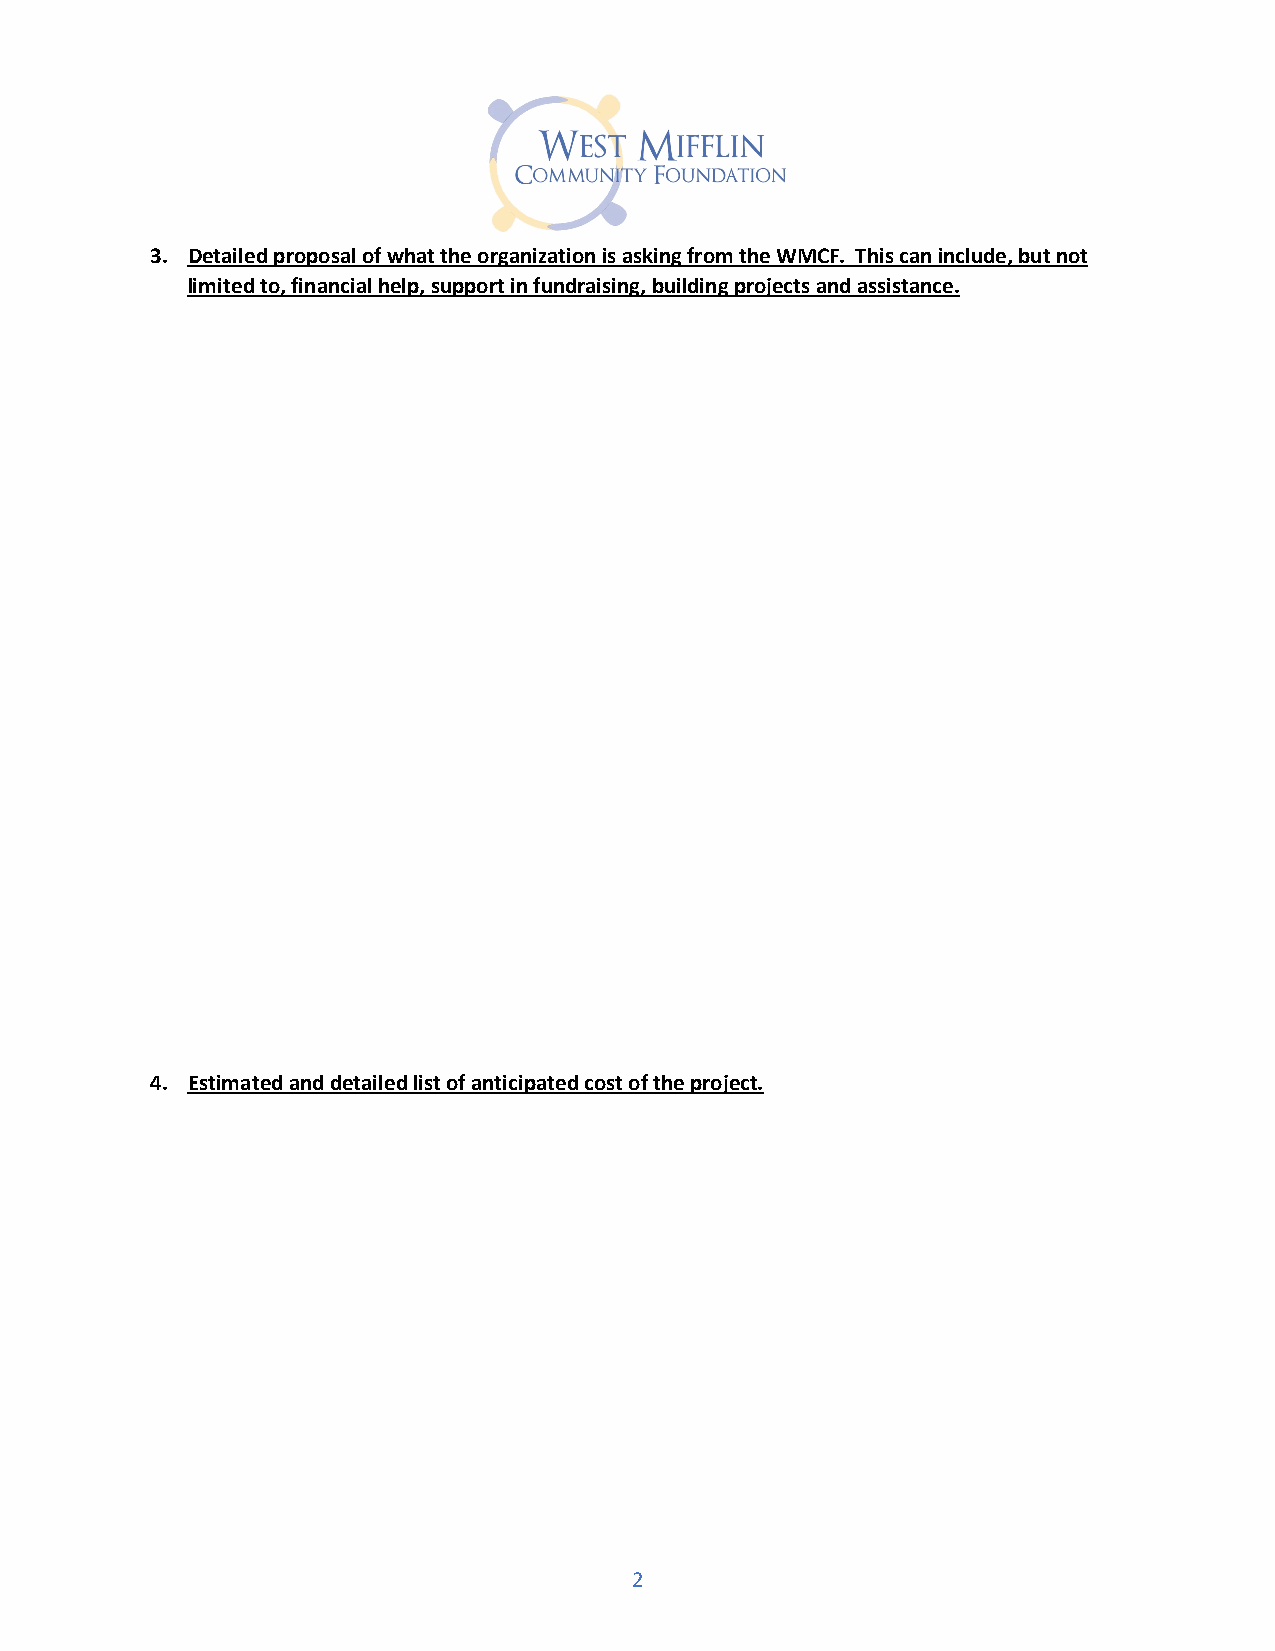
3. Detailed proposal of what the organization is asking from the WMCF. This can include, but not
 limited to, financial help, support in fundraising, building projects and assistance.
 4. Estimated and detailed list of anticipated cost of the project.
 2